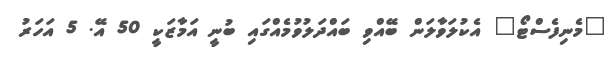
"މެނިފެސްޓޯ" އެކުލަވާލަން ބޭއްވި ބައްދަލުވުމެއްގައި ބުނީ އަމާޒަކީ 50 އޭ. 5 އަހަރު